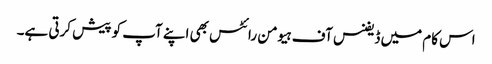
اس کام میں ڈیفنس آف ہیومن رائٹس بھی اپنے آپ کو پیش کرتی ہے۔